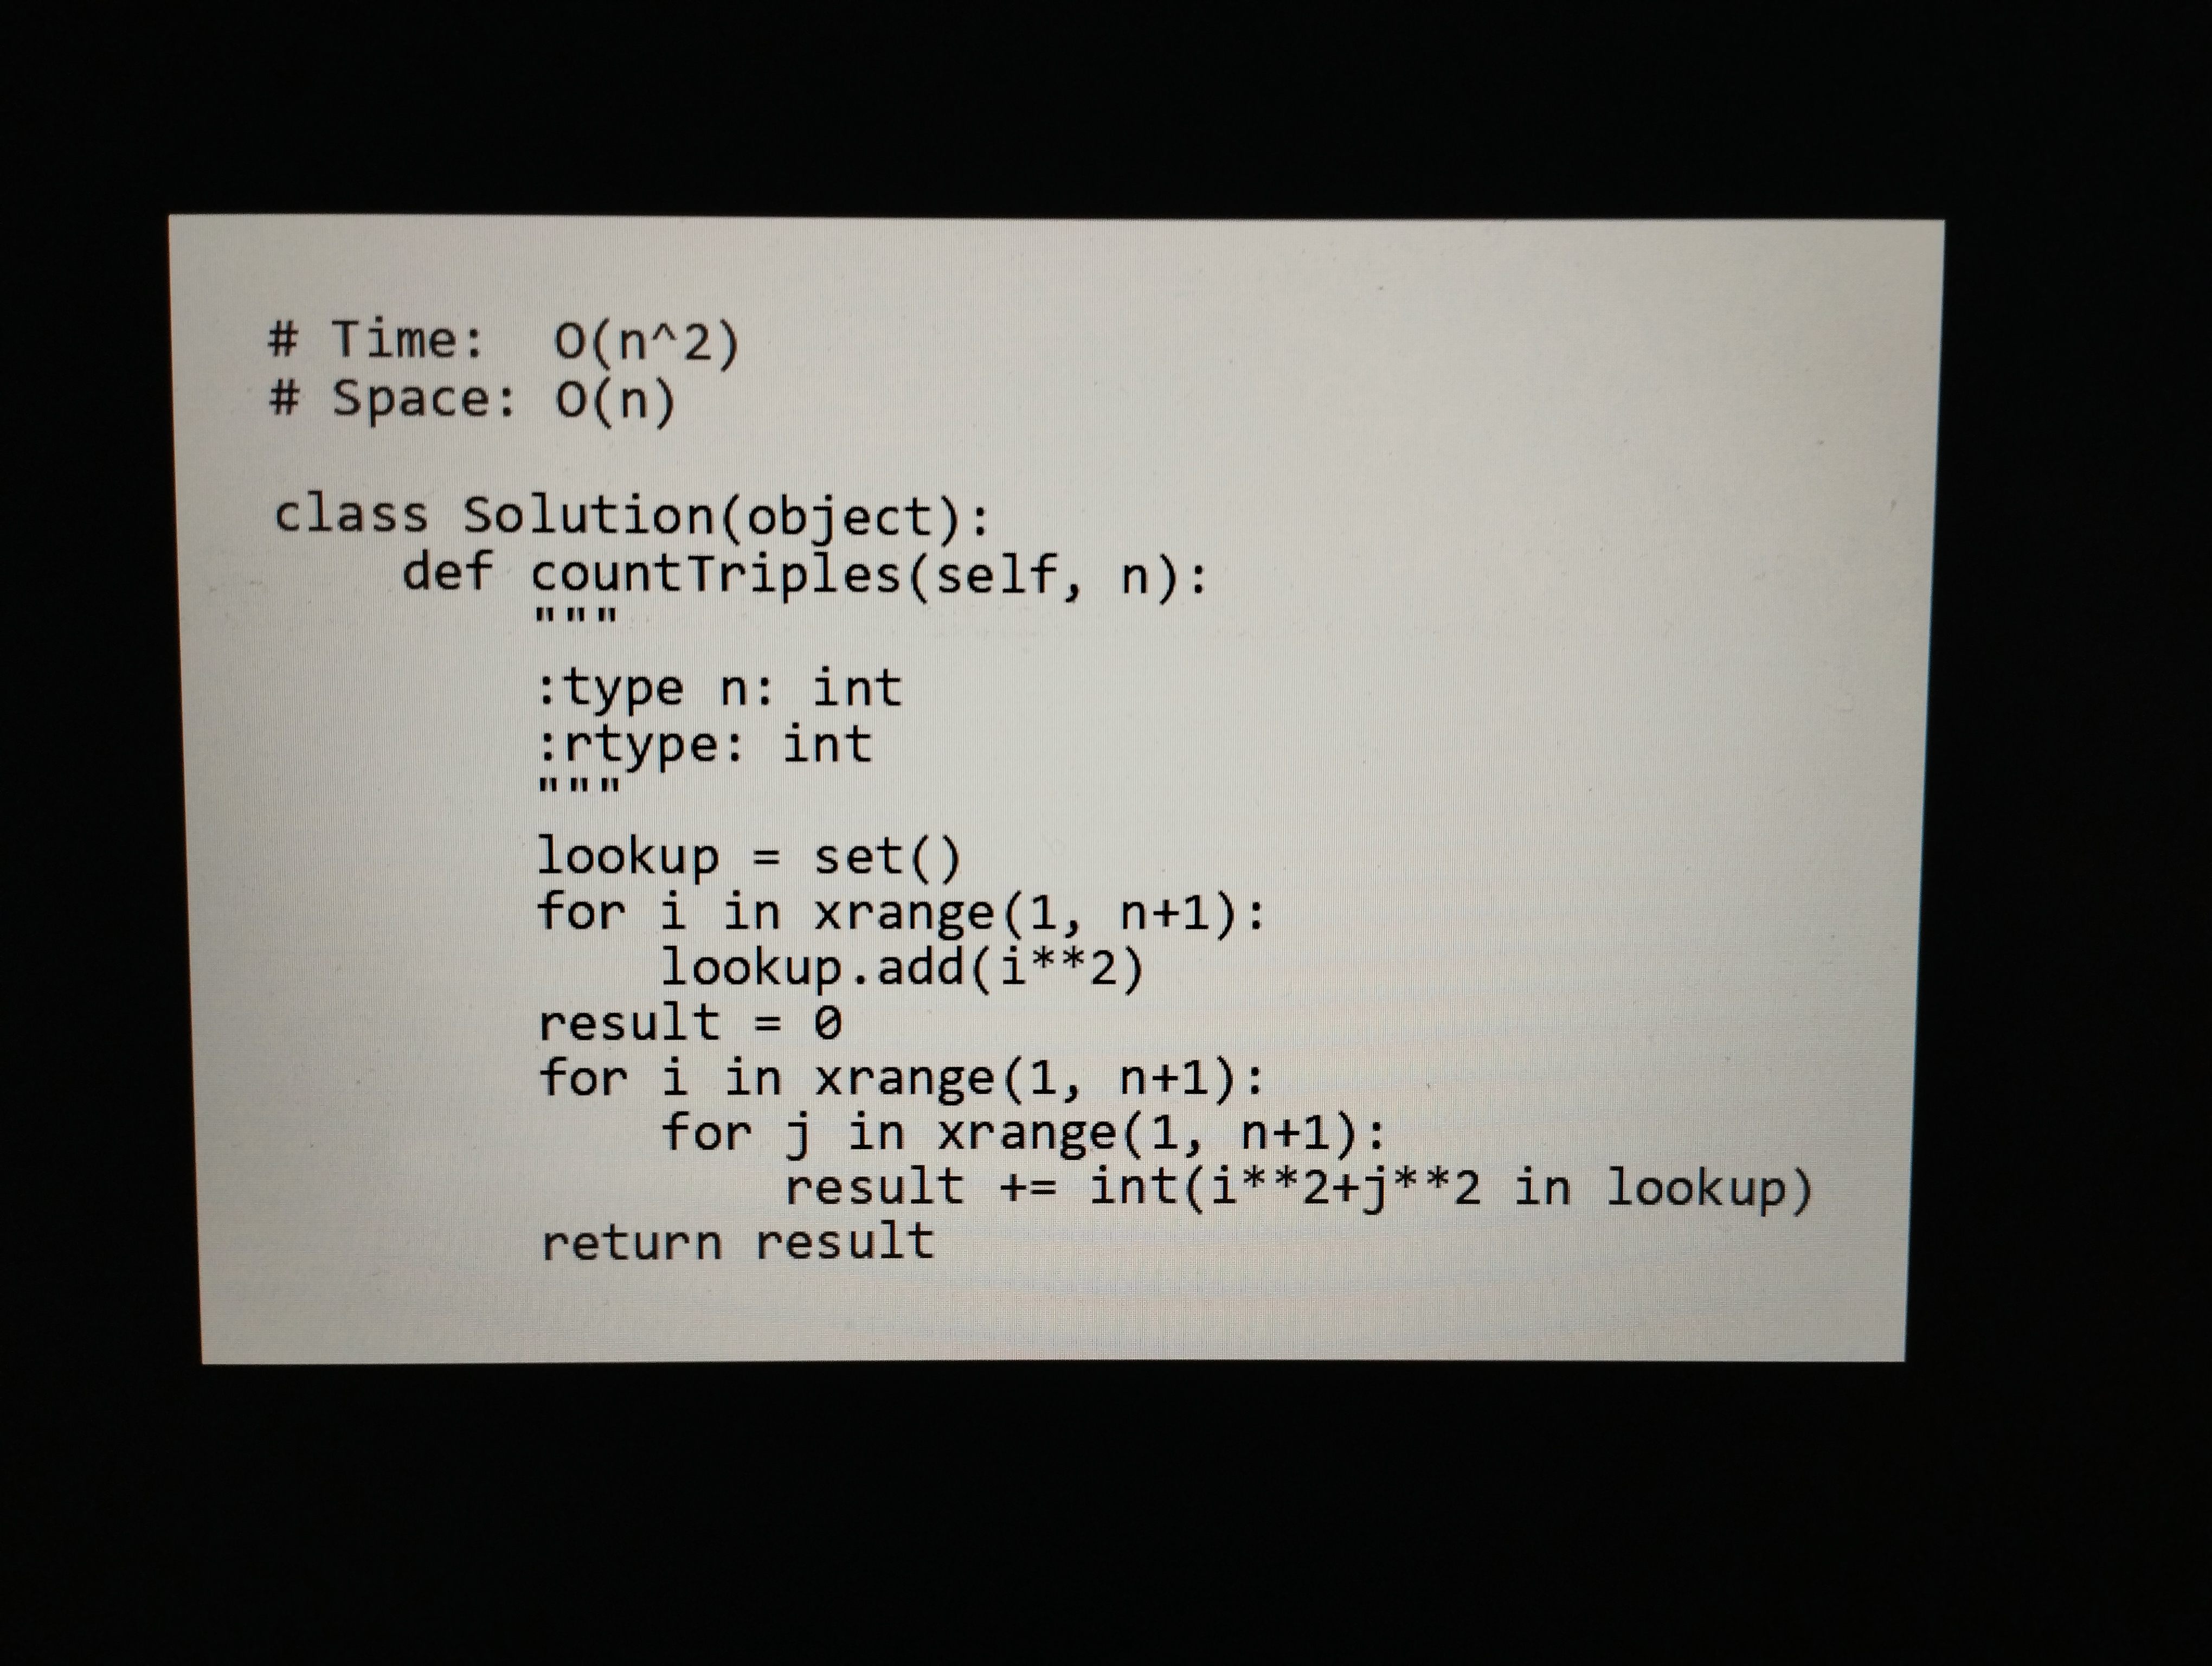
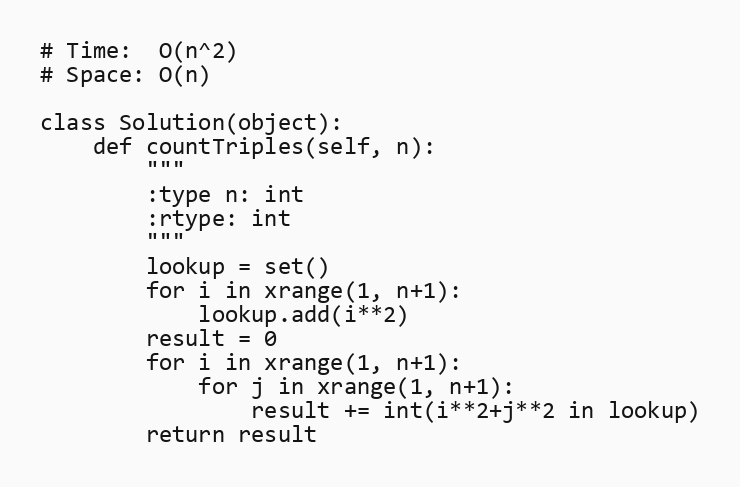
# Time:  O(n^2)
# Space: O(n)

class Solution(object):
    def countTriples(self, n):
        """
        :type n: int
        :rtype: int
        """
        lookup = set()
        for i in xrange(1, n+1):
            lookup.add(i**2)
        result = 0
        for i in xrange(1, n+1):
            for j in xrange(1, n+1):
                result += int(i**2+j**2 in lookup)
        return result